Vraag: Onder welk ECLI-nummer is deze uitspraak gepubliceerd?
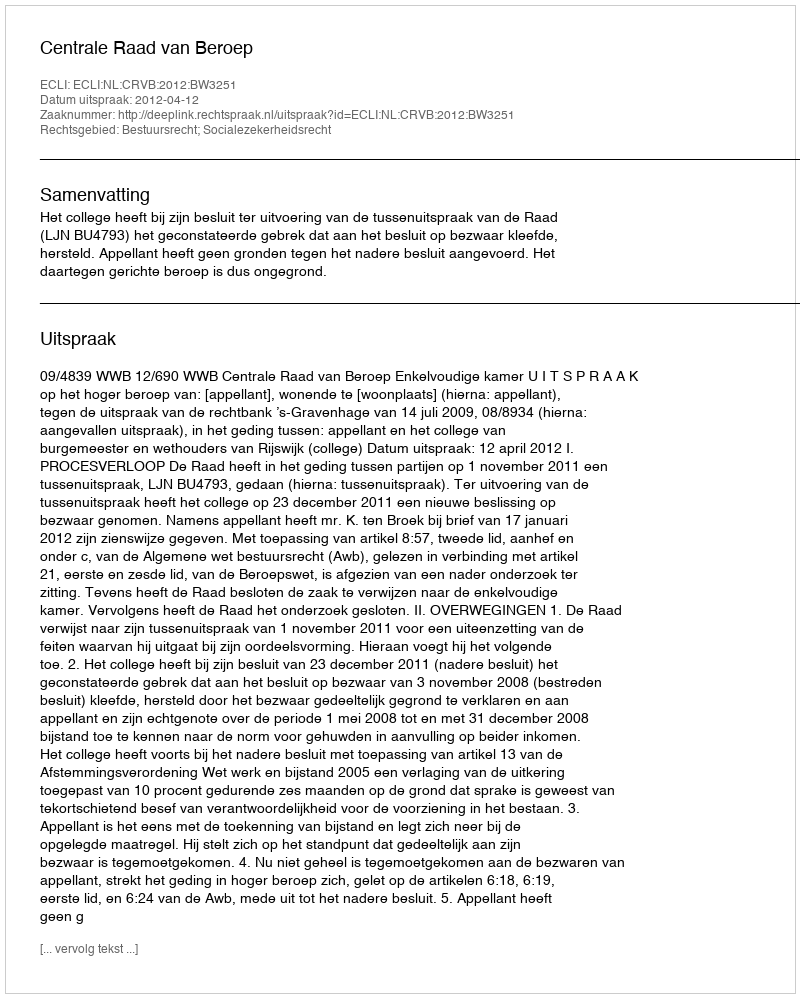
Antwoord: ECLI:NL:CRVB:2012:BW3251